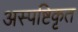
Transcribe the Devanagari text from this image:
अस्पष्टिकृत